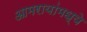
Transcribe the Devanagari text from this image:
आमरायांमध्ये